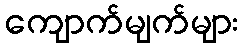
ကျောက်မျက်များ